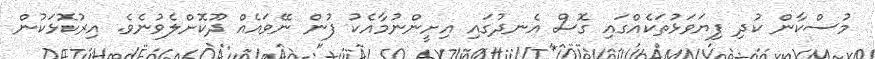
މުސްކާން ކުދި ފިޔަވަޅުތަކެއްގައި ގޮސް އެނދުގައި އިށީންނުމާއެކު ފުން ނޭވައެއް ދޫކޮށްލެވުނެވެ. އިރުކޮޅަކުން